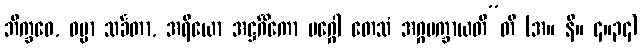
ဘိက္ခဝေ, ဓမ္မာ သင်္ခတာ, အရိယော အဋ္ဌင်္ဂိကော မဂ္ဂေါ တေသံ အဂ္ဂမက္ခာယတီ”တိ (အ။ နိ။ ၄။၃၄)